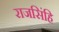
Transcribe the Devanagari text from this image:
राजसिंहि